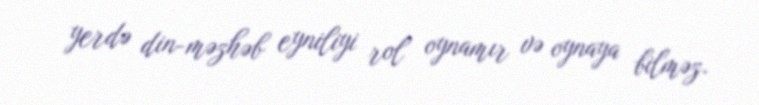
yerdə din-məzhəb eyniliyi rol oynamır və oynaya bilməz.